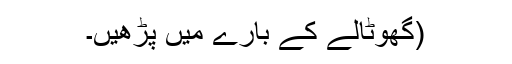
(گھوٹالے کے بارے میں پڑھیں۔